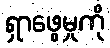
ရှာဖွေမှုကို